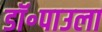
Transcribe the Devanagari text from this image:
डॉ॰पाउला